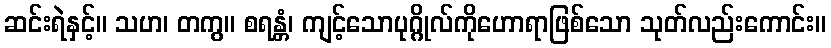
ဆင်းရဲနှင့်။ သဟ၊ တကွ။ စရန္တံ၊ ကျင့်သောပုဂ္ဂိုလ်ကိုဟောရာဖြစ်သော သုတ်လည်းကောင်း။